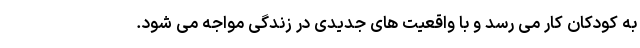
به کودکان کار می رسد و با واقعیت های جدیدی در زندگی مواجه می شود.